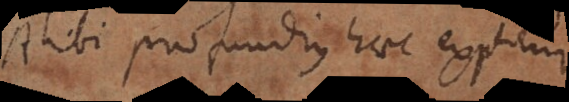
Alibi profundius haec explicui.